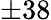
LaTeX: \pm 38